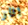
اثار